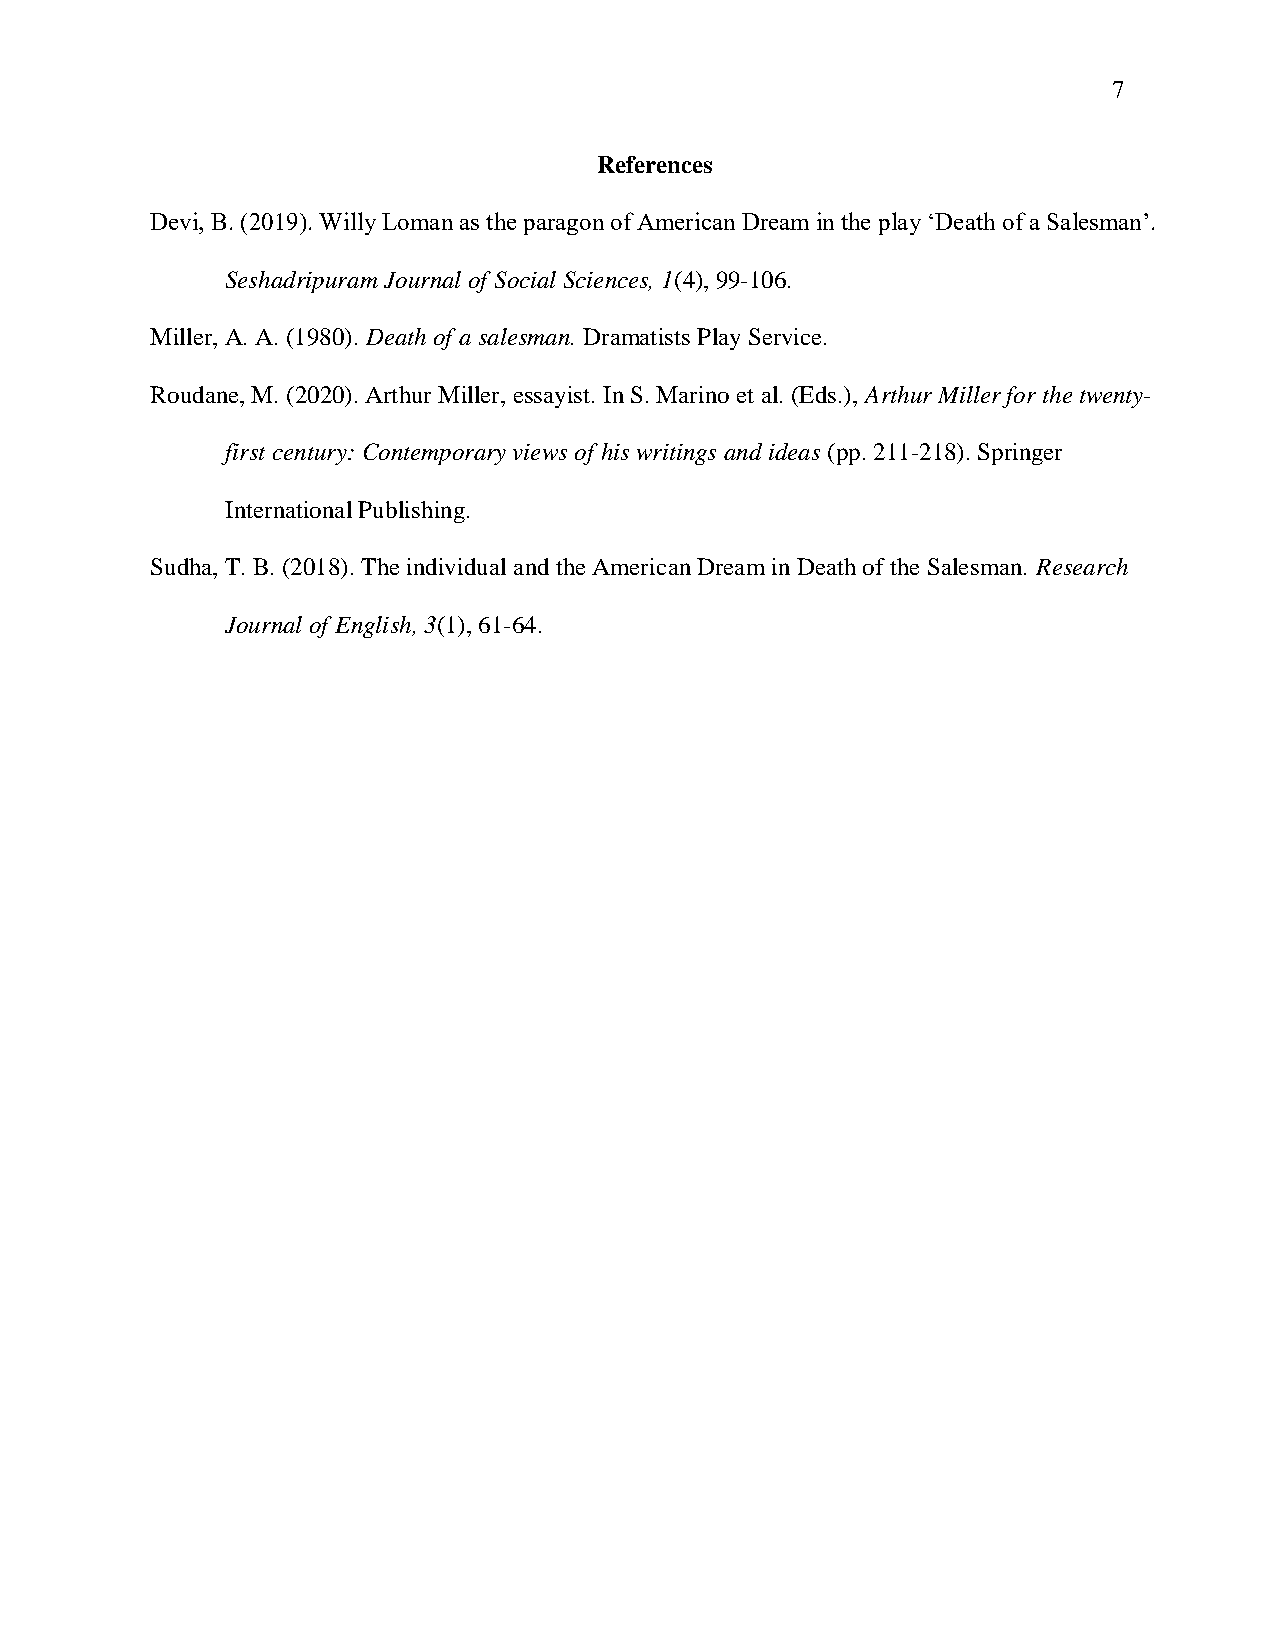
7
 References
 Devi, B. (2019). Willy Loman as the paragon of American Dream in the play ‘Death of a Salesman’.
 Seshadripuram Journal of Social Sciences, 1(4), 99-106.
 Miller, A. A. (1980). Death of a salesman. Dramatists Play Service.
 Roudane, M. (2020). Arthur Miller, essayist. In S. Marino et al. (Eds.), Arthur Miller for the twenty-
 first century: Contemporary views of his writings and ideas (pp. 211-218). Springer
 International Publishing.
 Sudha, T. B. (2018). The individual and the American Dream in Death of the Salesman. Research
 Journal of English, 3(1), 61-64.